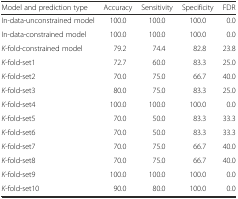
| Model and prediction type | Accuracy | Sensitivity | Specificity | FDR |
 | --- | --- | --- | --- | --- |
 | In-data-unconstrained model | 100.0 | 100.0 | 100.0 | 0.0 |
 | In-data-constrained model | 100.0 | 100.0 | 100.0 | 0.0 |
 | K-fold-constrained model | 79.2 | 74.4 | 82.8 | 23.8 |
 | K-fold-set1 | 72.7 | 60.0 | 83.3 | 25.0 |
 | K-fold-set2 | 70.0 | 75.0 | 66.7 | 40.0 |
 | K-fold-set3 | 80.0 | 75.0 | 83.3 | 25.0 |
 | K-fold-set4 | 100.0 | 100.0 | 100.0 | 0.0 |
 | K-fold-set5 | 70.0 | 50.0 | 83.3 | 33.3 |
 | K-fold-set6 | 70.0 | 50.0 | 83.3 | 33.3 |
 | K-fold-set7 | 70.0 | 75.0 | 66.7 | 40.0 |
 | K-fold-set8 | 70.0 | 75.0 | 66.7 | 40.0 |
 | K-fold-set9 | 100.0 | 100.0 | 100.0 | 0.0 |
 | K-fold-set10 | 90.0 | 80.0 | 100.0 | 0.0 |